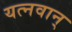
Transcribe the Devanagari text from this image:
यत्नवान्